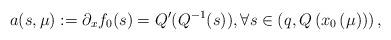
LaTeX: \begin{align*} a(s,\mu):=\partial_x f_0(s)=Q^{\prime}(Q^{-1}(s)), \forall s \in \left(q,Q\left(x_0\left(\mu\right)\right)\right),\end{align*}